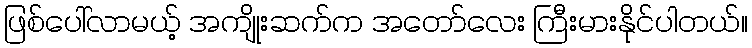
ဖြစ်ပေါ်လာမယ့် အကျိုးဆက်က အတော်လေး ကြီးမားနိုင်ပါတယ်။